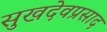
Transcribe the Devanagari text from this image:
सुखदेवप्रसाद